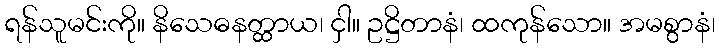
ရန်သူမင်းကို။ နိသေဓနတ္ထာယ၊ ငှါ။ ဥဋ္ဌိတာနံ၊ ထကုန်သော။ အမစွာနံ၊